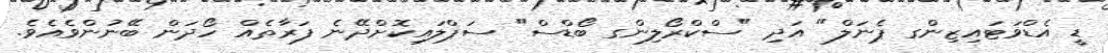
ޑީ އެޑްވަޓައިޒިންގ ޕެނަލް" އަދި "ސްކްރޯލިންގ ބޯޑްސް" ސަޕްލައިކޮށްދޭނެ ފަރާތެއް ހޯދަން ބޭނުންވެއެވެ.